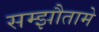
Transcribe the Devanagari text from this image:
सम्झौतामे